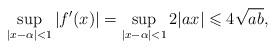
LaTeX: \begin{align*} \sup_{|x-\alpha|<1}|f^\prime(x)|=\sup_{|x-\alpha|<1}2|ax|\leqslant 4\sqrt{ab}, \end{align*}